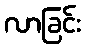
လာခြင်း